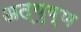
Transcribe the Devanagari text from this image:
अत्युष्ण